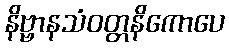
နိဗ္ဗာနသံဝတ္တနိကောပေ